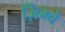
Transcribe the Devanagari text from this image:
ज़िम्बे